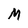
Character: M